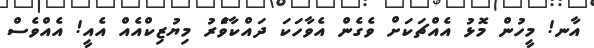
އާނ! މީހުން މޮޅު އެއްޗަކަށް ވެގެން އެވާހަކަ ދައްކާވަެރު މިޔުޒިކްއެއް އެއީ! އެއްވެސް